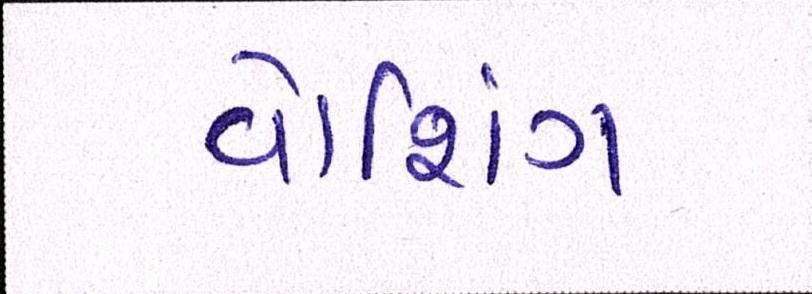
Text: વોશિંગ